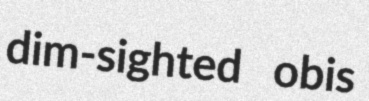
dim-sighted obis